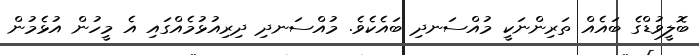
ބޮލީވުޑްގެ ބައެއް ތަރިންނަކީ މުއްސަނދި ބައެކެވެ. މުއްސަނދި ދިރިއުޅުމެއްގައި އެ މީހުން އުޅެމުން